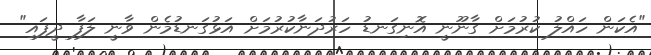
"އެކަން ހައްލު ކުރުމަށް ގާނޫނީ އޮނިގަނޑު ހަރުދަނާކުރުމަށް އަޅުގަނޑުމެން ވާނީ ލަފާ ދީފައި"